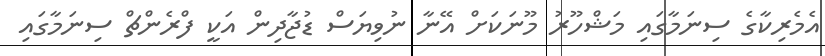
އެމެރިކާގެ ސިނަމާގައި މަޝްހޫރު މޫނަކަށް އޭނާ ނުވިޔަސް ޑުޖާދިން އަކީ ފްރެންޗް ސިނަމާގައި